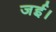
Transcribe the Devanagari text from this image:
जई।